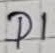
Text: D1